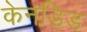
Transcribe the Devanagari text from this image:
केनडिड